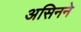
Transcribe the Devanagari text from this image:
असिनने